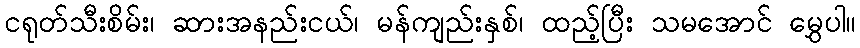
ငရုတ်သီးစိမ်း၊ ဆားအနည်းငယ်၊ မန်ကျည်းနှစ်၊ ထည့်ပြီး သမအောင် မွှေပါ။